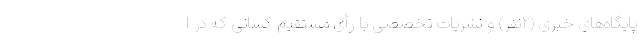
پایگاه‌های خبری (۲نفر) و نشریات تخصصی با رأی مستقیم کسانی که در ا